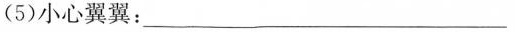
(5)小心翼翼：___